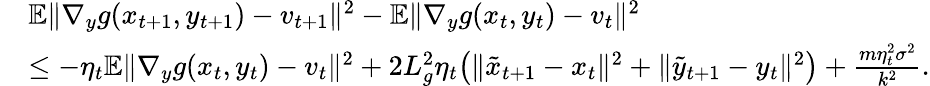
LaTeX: \begin{array}{rl}&{\mathbb{E}\| \nabla_{y}g(x_{t+1},y_{t+1})-v_{t+1}\| ^{2}-\mathbb{E}\| \nabla_{y}g(x_{t},y_{t})-v_{t}\| ^{2}}\\ &{\leq-\eta_{t}\mathbb{E}\| \nabla_{y}g(x_{t},y_{t})-v_{t}\| ^{2}+2L_{g}^{2}\eta_{t}\big(\| \tilde{x}_{t+1}-x_{t}\| ^{2}+\| \tilde{y}_{t+1}-y_{t}\| ^{2}\big)+\frac{m\eta_{t}^{2}\sigma^{2}}{k^{2}}.}\end{array}